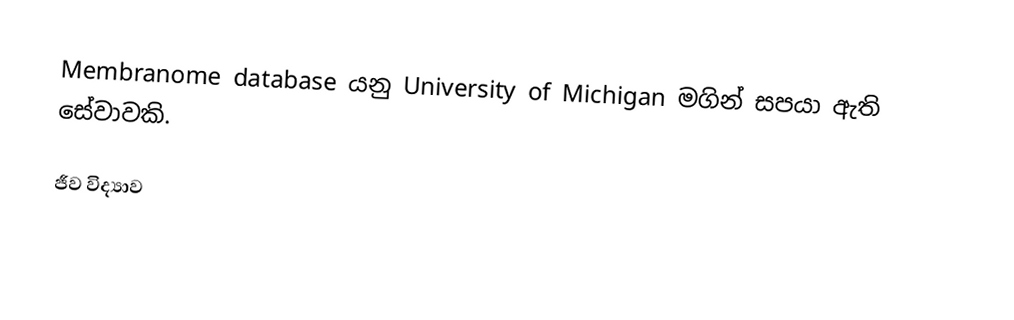
Membranome database යනු University of Michigan මගින් සපයා ඇති සේවාවකි.

ජීව විද්‍යාව